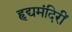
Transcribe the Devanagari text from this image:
हृद्यमंदिरीं